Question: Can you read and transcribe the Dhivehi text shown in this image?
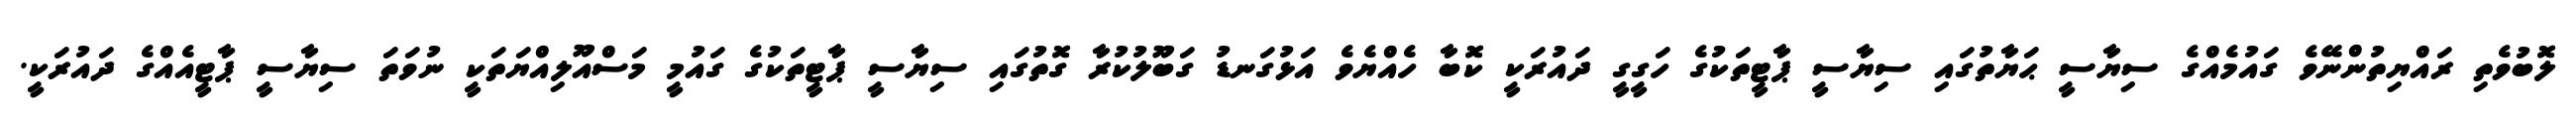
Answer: ލޮބުވެތި ރައްޔިތުންނޭވެ ގައުމެއްގެ ސިޔާސީ ޙަޔާތުގައި ސިޔާސީ ޕާޓީތަކުގެ ހަގީގީ ދައުރަކީ ކޮބާ ހެއްޔެވެ އަޅުގަނޑު ގަބޫލުކުރާ ގޮތުގައި ސިޔާސީ ޕާޓީތަކުގެ ގައުމީ މަސްއޫލިއްޔަތަކީ ނުވަތަ ސިޔާސީ ޕާޓީއެއްގެ ދައުރަކީ.